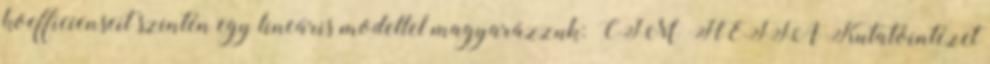
koefficienseit szintén egy lineáris modellel magyarázzuk: CÍM HÉTFA Kutatóintézet